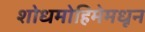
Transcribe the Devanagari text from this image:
शोधमोहिमेमधून